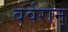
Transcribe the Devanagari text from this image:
बर्वरान्